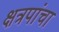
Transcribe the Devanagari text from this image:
क्षत्रपांचा